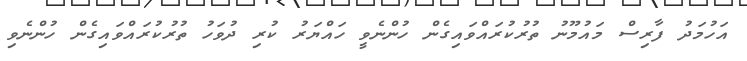
އަހުމަދު ފާރިސް މައުމޫނު ތުރުކުރައްވައިގެން ހުންނެވީ ހައްޔަރު ކުރި ދުވަހު ތުރުކުރައްވައިގެން ހުންނެވި